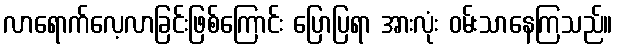
လာရောက်လေ့လာခြင်းဖြစ်ကြောင်း ပြောပြရာ အားလုံး ဝမ်းသာနေကြသည်။